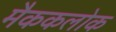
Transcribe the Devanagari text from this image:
मैककलोक